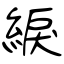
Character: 綟